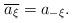
LaTeX: \begin{align*} \overline{a_{\xi}}=a_{-\xi}. \end{align*}